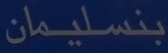
بنسليمان